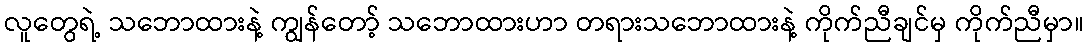
လူတွေရဲ့ သဘောထားနဲ့ ကျွန်တော့် သဘောထားဟာ တရားသဘောထားနဲ့ ကိုက်ညီချင်မှ ကိုက်ညီမှာ။